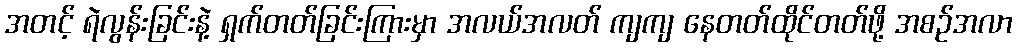
အတင့် ရဲလွန်းခြင်းနဲ့ ရှက်တတ်ခြင်းကြားမှာ အလယ်အလတ် ကျကျ နေတတ်ထိုင်တတ်ဖို့ အစဉ်အလာ